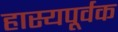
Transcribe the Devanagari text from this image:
हास्यपूर्वक